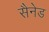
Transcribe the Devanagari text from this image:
सैनेड